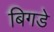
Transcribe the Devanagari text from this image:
बिगडे